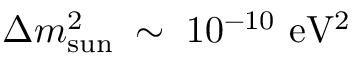
\Delta m _ { \mathrm { s u n } } ^ { 2 } \; \sim \; 1 0 ^ { - 1 0 } ~ \mathrm { e V ^ { 2 } } \;